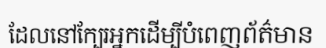
ដែលនៅក្បែរអ្នកដើម្បីបំពេញព័ត៌មាន